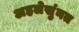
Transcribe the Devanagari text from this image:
अहलेसुंनत